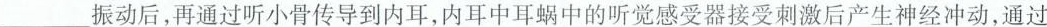
___振动后，再通过听小骨传导到内耳，内耳中耳蜗中的听觉感受器接受刺激后产生神经冲动，通过